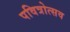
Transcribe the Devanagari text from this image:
पवित्रोत्सव